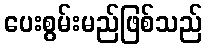
ပေးစွမ်းမည်ဖြစ်သည်